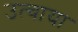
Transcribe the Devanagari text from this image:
उत्चाया